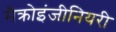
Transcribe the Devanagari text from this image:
मैक्रोइंजीनियरी